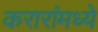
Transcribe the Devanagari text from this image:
करारांमध्ये